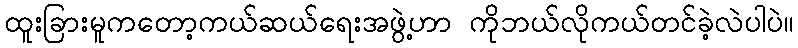
ထူးခြားမူကတော့ကယ်ဆယ်ရေးအဖွဲ့ဟာ ကိုဘယ်လိုကယ်တင်ခဲ့လဲပါပဲ။